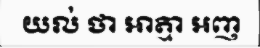
យល់ ថា អាត្មា អញ